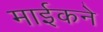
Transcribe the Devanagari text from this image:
माईकने